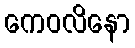
ကေဝလိနော